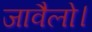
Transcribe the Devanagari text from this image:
जावैलो।